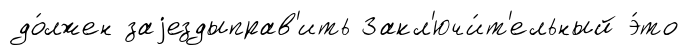
до́лжен заjездыправ'ить Закл'ючи́т'ельный э́то